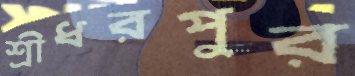
শ্রীধরপুর